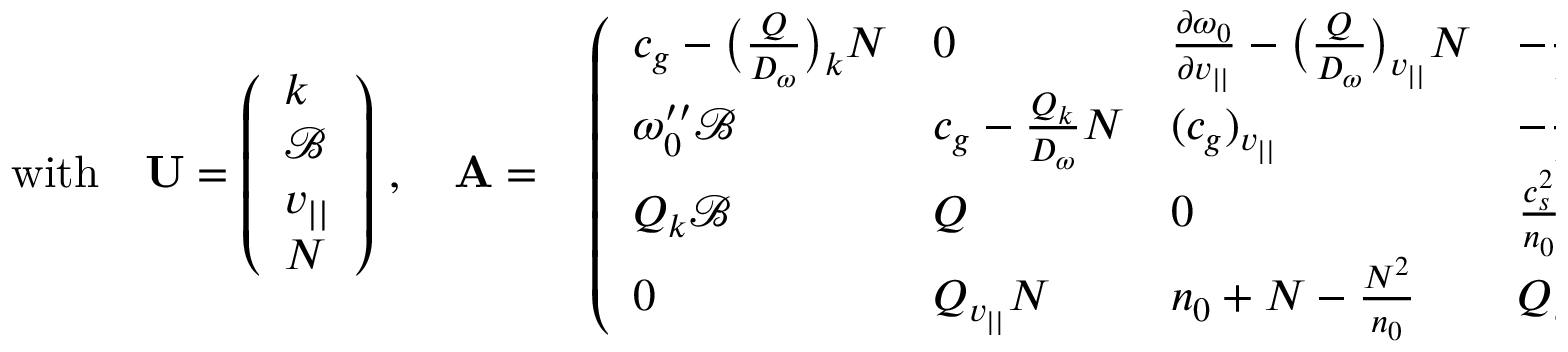
\begin{array} { r l } { \mathrm { w i t h } \quad { \bf U } = \left( \begin{array} { l } { k } \\ { \mathscr { B } } \\ { v _ { | | } } \\ { N } \end{array} \right) \, , \quad { \bf A } = } & { { } \left( \begin{array} { l l l l } { c _ { g } - \big ( \frac { Q } { D _ { \omega } } \big ) _ { k } N } & { 0 } & { \frac { \partial \omega _ { 0 } } { \partial v _ { | | } } - \big ( \frac { Q } { D _ { \omega } } \big ) _ { v _ { | | } } N } & { - \frac { Q } { D _ { \omega } } } \\ { \omega _ { 0 } ^ { \prime \prime } \mathscr { B } } & { c _ { g } - \frac { Q _ { k } } { D _ { \omega } } N } & { ( c _ { g } ) _ { v _ { | | } } } & { - \frac { Q _ { k } } { D _ { \omega } } \mathscr { B } } \\ { Q _ { k } \mathscr { B } } & { Q } & { 0 } & { \frac { c _ { s } ^ { 2 } } { n _ { 0 } } } \\ { 0 } & { Q _ { v _ { | | } } N } & { n _ { 0 } + N - \frac { N ^ { 2 } } { n _ { 0 } } } & { Q _ { v _ { | | } } \mathscr { B } } \end{array} \right) } \end{array}